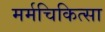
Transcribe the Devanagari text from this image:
मर्मचिकित्सा